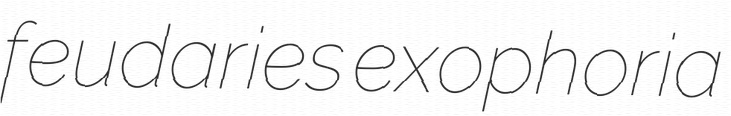
feudaries exophoria